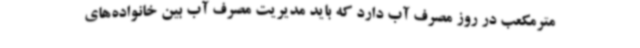
مترمکعب در روز مصرف آب دارد که باید مدیریت مصرف آب بین خانواده‌های